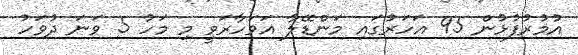
އުމުރުފުޅުން 95 އަހަރުގައި މަންޑޭލާ އަވަހާރަވީ މި މަހު 5 ވަނަ ދުވަހު